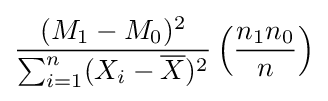
{\frac {(M_{1}-M_{0})^{2}}{\sum _{i=1}^{n}(X_{i}-{\overline {X}})^{2}}}\left({\frac {n_{1}n_{0}}{n}}\right)